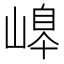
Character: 𡻆